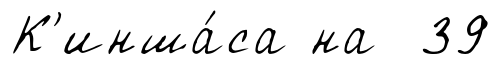
К'инша́са на 39